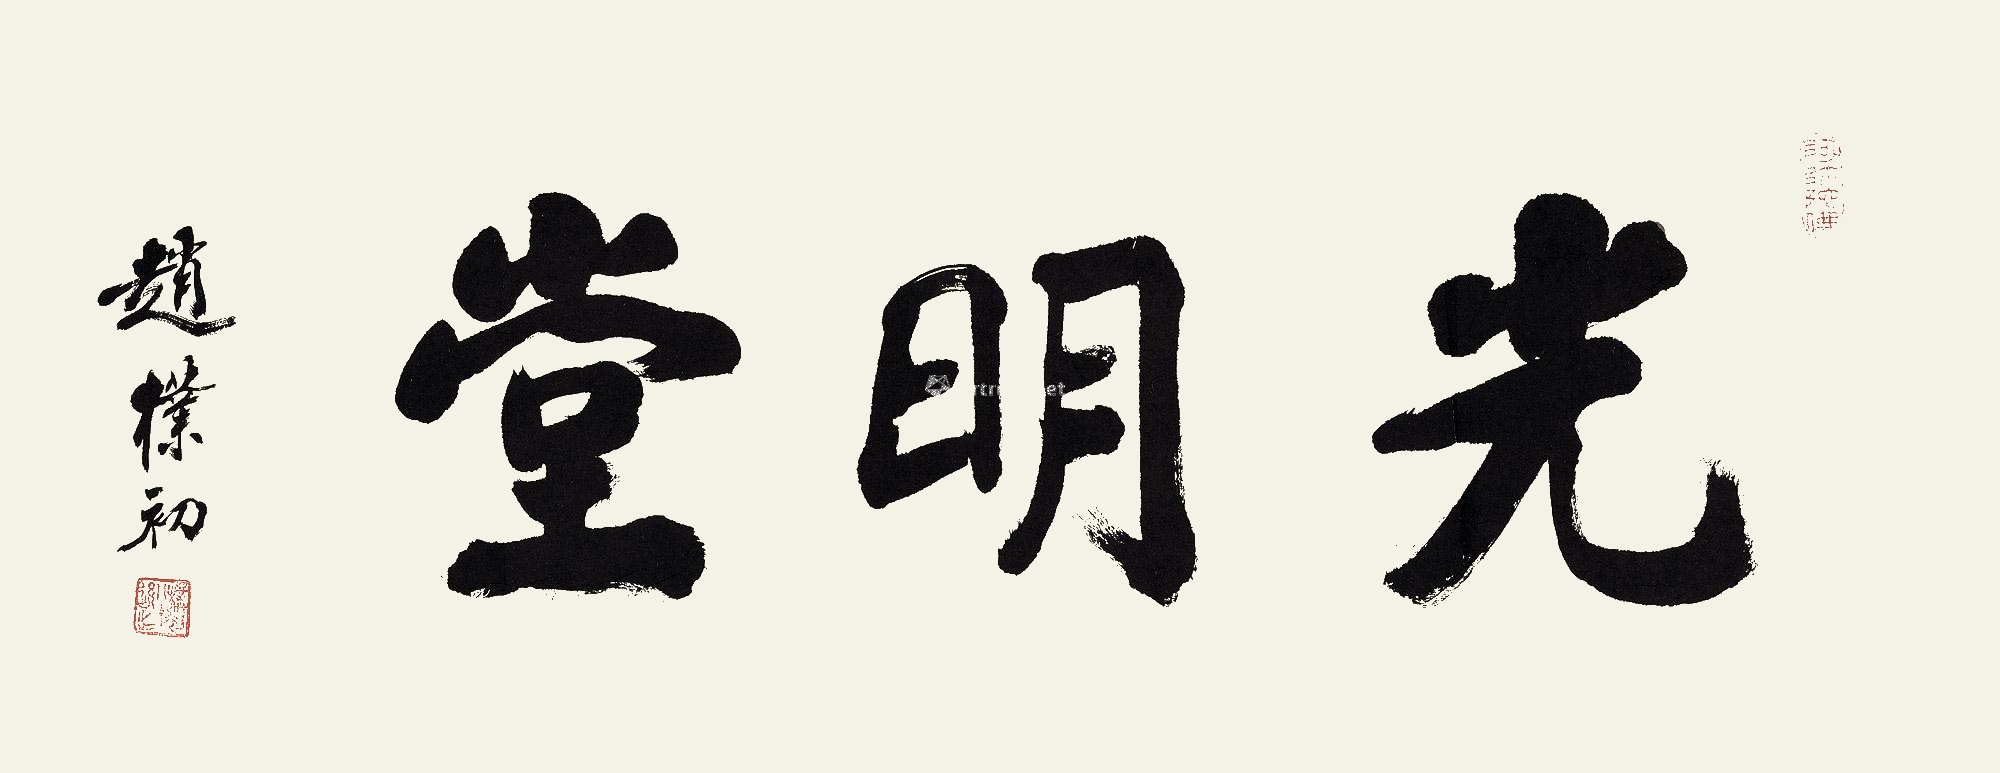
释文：光明堂。赵朴初。